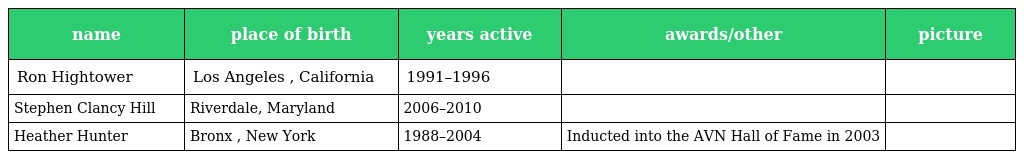
| name | place of birth | years active | awards/other | picture |
 | --- | --- | --- | --- | --- |
 | Ron Hightower | Los Angeles , California | 1991–1996 |  |  |
 | Stephen Clancy Hill | Riverdale, Maryland | 2006–2010 |  |  |
 | Heather Hunter | Bronx , New York | 1988–2004 | Inducted into the AVN Hall of Fame in 2003 |  |